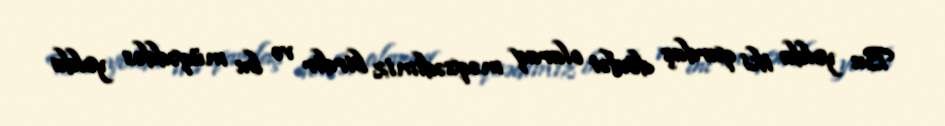
Bu yolda iki qardaş dövlət olaraq məqsədimiz birdir və bu müqəddəs yolda